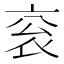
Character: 衮